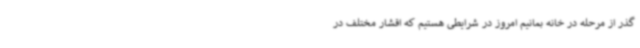
گذر از مرحله در خانه بمانیم امروز در شرایطی هستیم که اقشار مختلف در